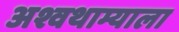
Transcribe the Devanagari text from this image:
अश्वथाम्याला